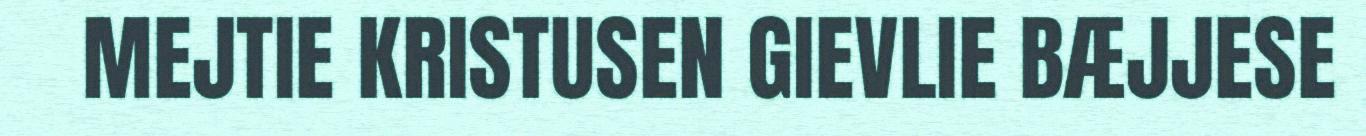
MEJTIE KRISTUSEN GIEVLIE BÆJJESE